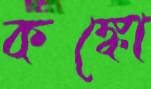
কঙ্কো